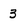
Character: 3